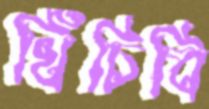
খিঁচিবি